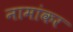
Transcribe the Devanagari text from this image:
नामांकर